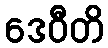
ဒေဝီတိ